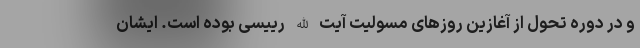
و در دوره تحول از آغازین روزهای مسولیت آیت الله رییسی بوده است. ایشان